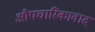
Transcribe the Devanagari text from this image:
औपचारिकावाद